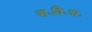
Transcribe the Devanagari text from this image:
स॰वि॰स॰